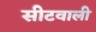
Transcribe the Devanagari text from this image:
सीटवाली